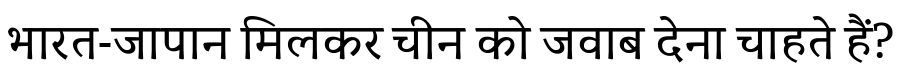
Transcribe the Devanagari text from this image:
भारत-जापान मिलकर चीन को जवाब देना चाहते हैं?